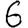
Digit: 6